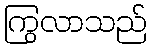
ကြွလာသည်